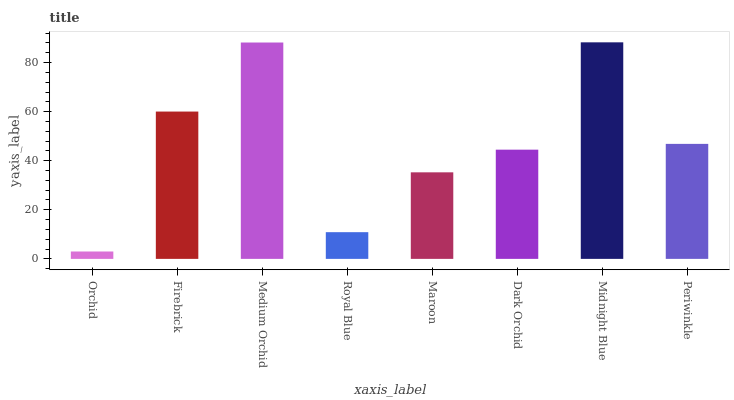
| xaxis_label | bars |
 | --- | --- |
 | Orchid | 3.01 |
 | Firebrick | 60 |
 | Medium Orchid | 88.2 |
 | Royal Blue | 10.9 |
 | Maroon | 35.3 |
 | Dark Orchid | 44.5 |
 | Midnight Blue | 88.3 |
 | Periwinkle | 46.9 |